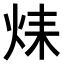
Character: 𤈞